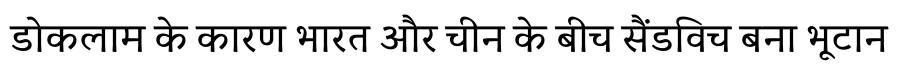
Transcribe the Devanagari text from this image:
डोकलाम के कारण भारत और चीन के बीच सैंडविच बना भूटान